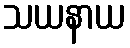
သယနာယ